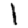
Digit: 1